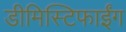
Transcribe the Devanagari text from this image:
डीमिस्टिफाईंग